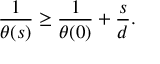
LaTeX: { \frac { 1 } { \theta ( s ) } } \geq { \frac { 1 } { \theta ( 0 ) } } + { \frac { s } { d } } .